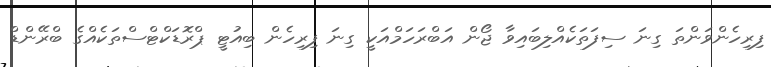
ފިރިހެންވަންތަ ގިނަ ސިފަތަކެއްލިބައިވާ ޖޯން އަބްރަހަމްއަކީ ގިނަ ފިރިހެން ބިއުޓީ ޕްރޮޑަކްޓްސްތަކެއްގެ ބްރޭންޑް